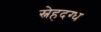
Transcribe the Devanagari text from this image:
स्नेहदग्ध